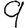
Digit: 9